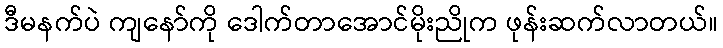
ဒီမနက်ပဲ ကျနော်ကို ဒေါက်တာအောင်မိုးညိုက ဖုန်းဆက်လာတယ်။